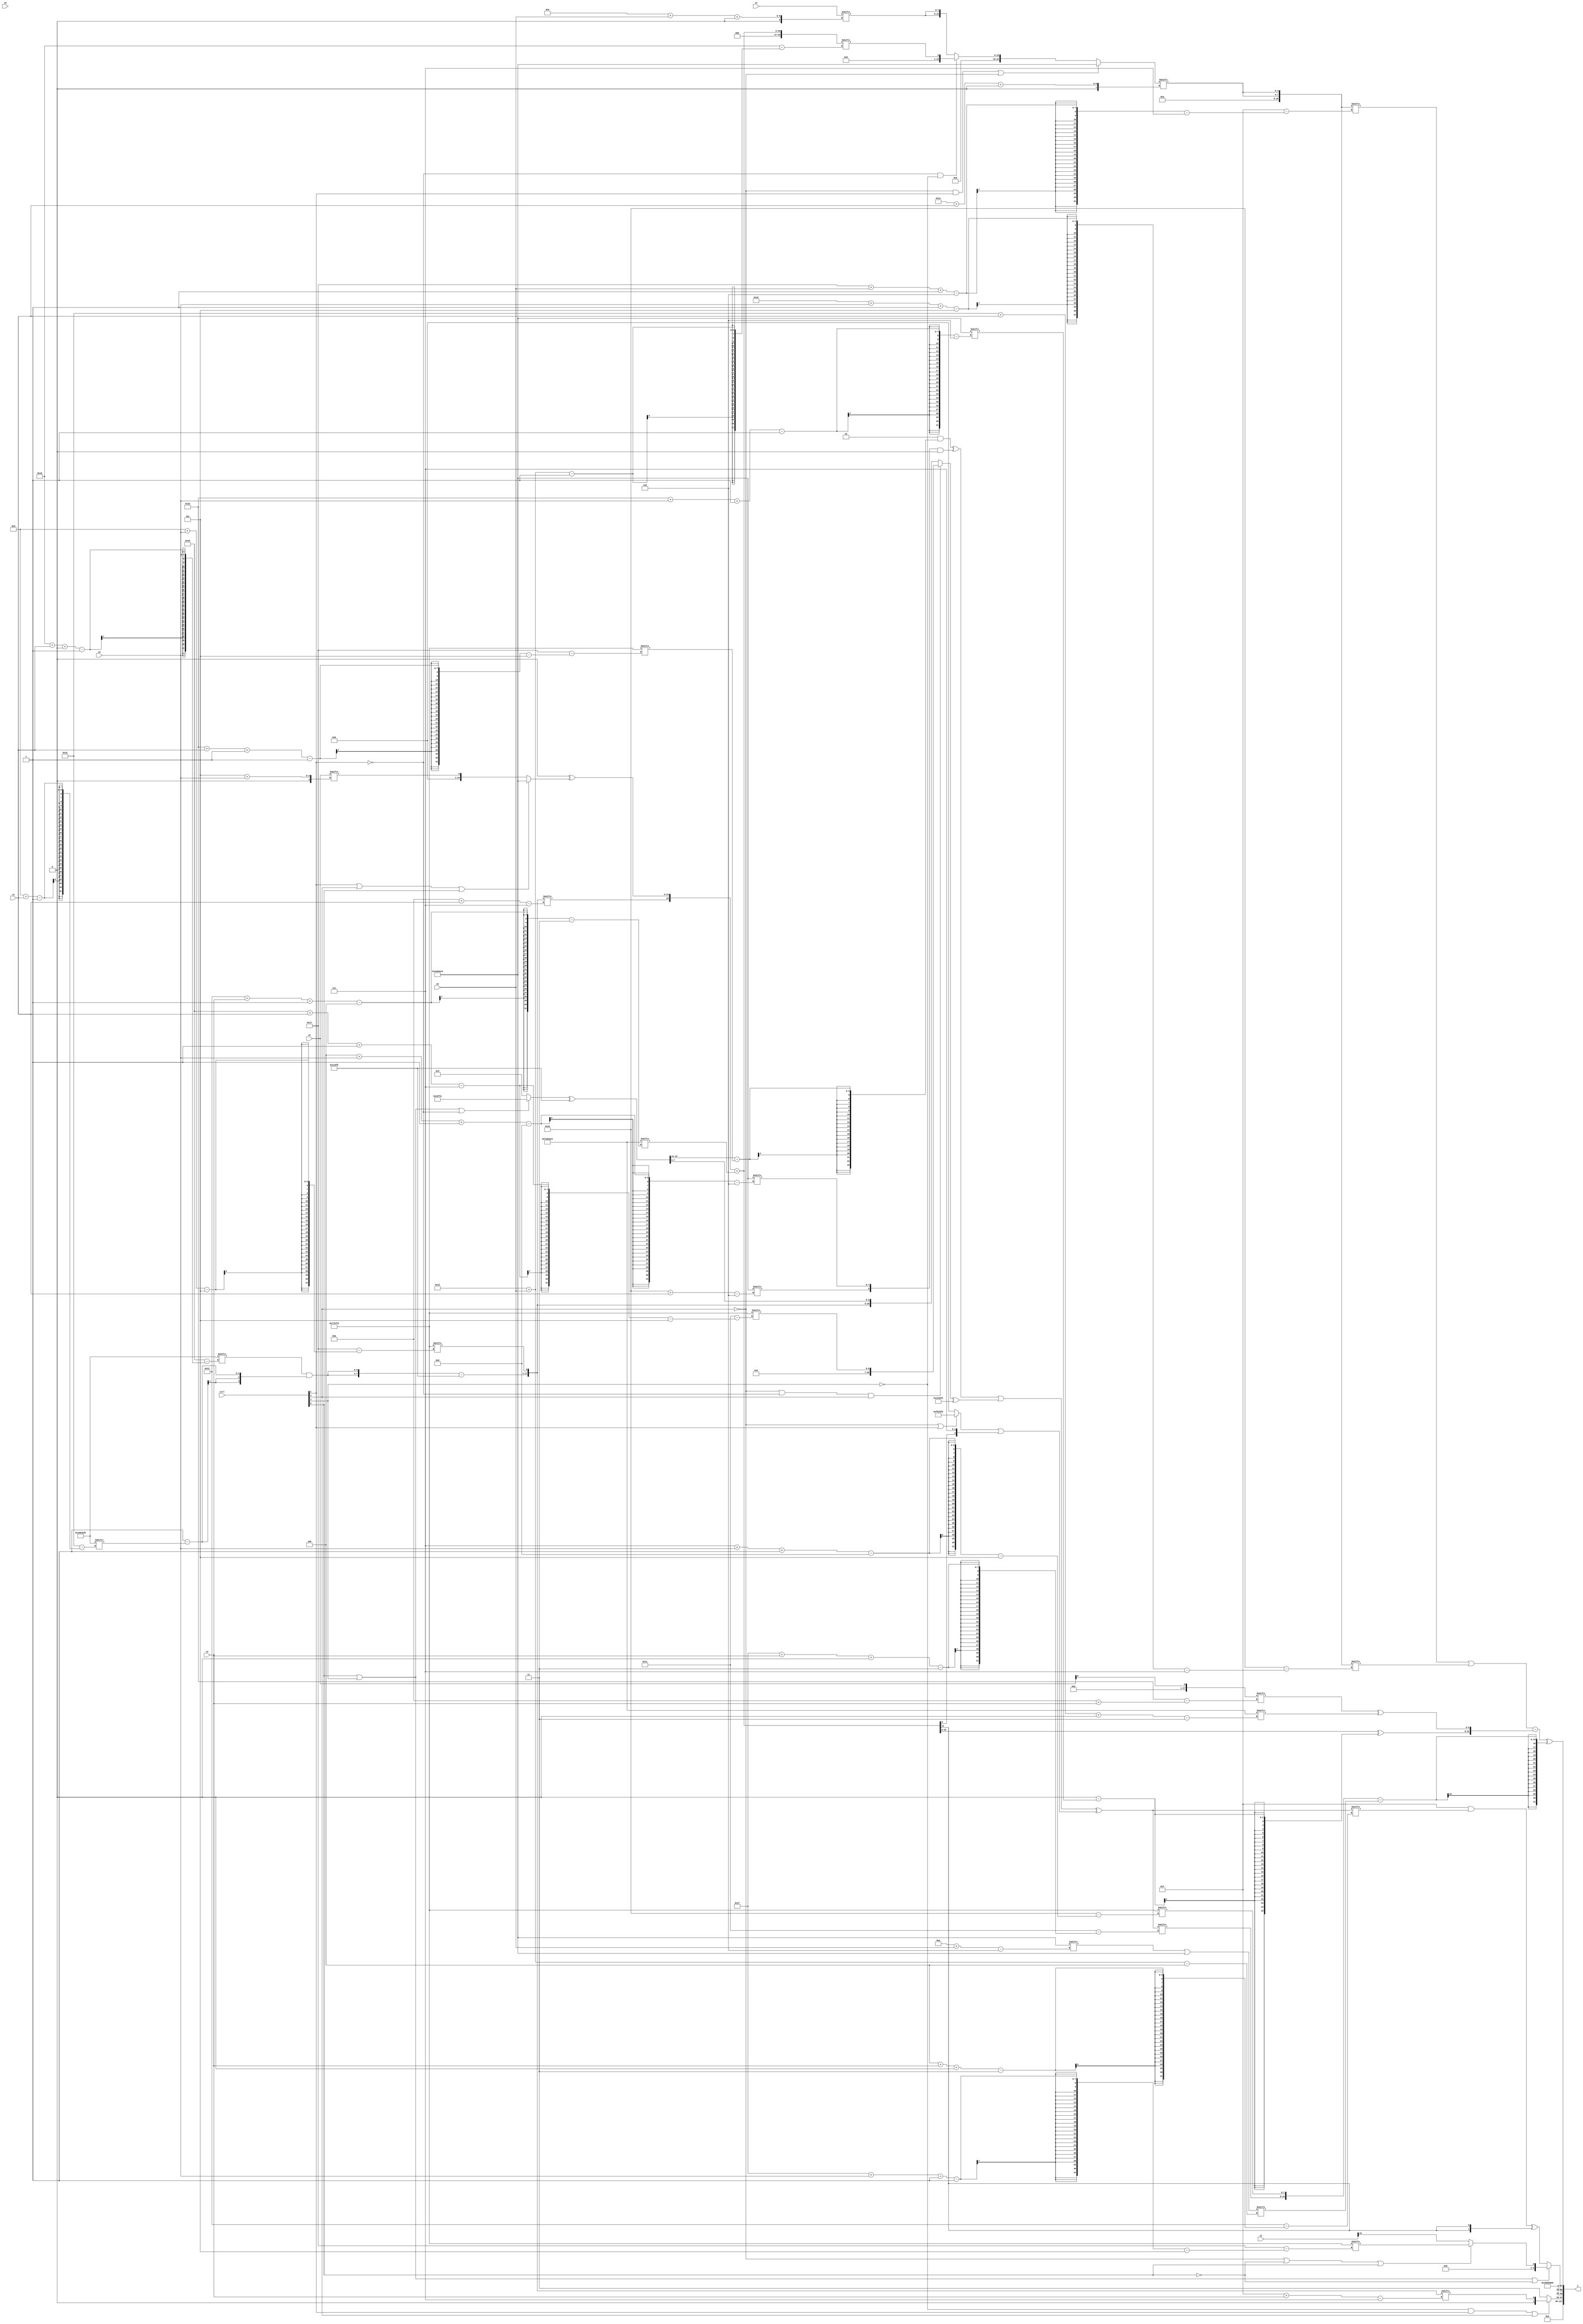
module partsel_00642(ctrl, s0, s1, s2, s3, x0, x1, x2, x3, y);
  input [3:0] ctrl;
  input [2:0] s0;
  input [2:0] s1;
  input [2:0] s2;
  input [2:0] s3;
  input signed [31:0] x0;
  input signed [31:0] x1;
  input [31:0] x2;
  input [31:0] x3;
  wire [0:27] x4;
  wire [24:7] x5;
  wire [29:3] x6;
  wire signed [2:26] x7;
  wire signed [1:30] x8;
  wire signed [24:0] x9;
  wire [28:4] x10;
  wire [25:1] x11;
  wire signed [0:24] x12;
  wire [7:27] x13;
  wire signed [3:26] x14;
  wire [6:27] x15;
  output [127:0] y;
  wire [31:0] y0;
  wire signed [31:0] y1;
  wire [31:0] y2;
  wire signed [31:0] y3;
  assign y = {y0,y1,y2,y3};
  localparam signed [5:28] p0 = 326588410;
  localparam signed [1:26] p1 = 291097595;
  localparam signed [30:6] p2 = 296569544;
  localparam signed [24:4] p3 = 678644210;
  assign x4 = x2[9 +: 1];
  assign x5 = {x3[1 + s1 +: 3], {({2{(p1[29 + s1 +: 4] & (p1[15] - p1[13 + s1]))}} - p1), p0[13 + s2]}};
  assign x6 = p2;
  assign x7 = p1[15];
  assign x8 = ({x5[11 + s1], (x6[23] ^ (ctrl[1] || ctrl[3] || ctrl[0] ? p2 : x2[5 + s2]))} + x6[19 + s3 -: 4]);
  assign x9 = (!ctrl[3] && ctrl[1] || !ctrl[3] ? p2 : (!ctrl[1] && !ctrl[1] && !ctrl[2] ? x8[18 + s0] : {2{x3[9 + s0 +: 8]}}));
  assign x10 = (p2[10 + s0] | {2{x6}});
  assign x11 = {2{p3[21 -: 1]}};
  assign x12 = ((ctrl[0] || ctrl[2] || !ctrl[1] ? p0 : x11) ^ p1);
  assign x13 = {2{x9[30 + s1 +: 4]}};
  assign x14 = ((((p0[15 +: 3] & (x12[8 +: 4] - p0[27 + s1 -: 1])) ^ ({p2[16 + s1], p2[4 + s2 -: 8]} & x11[19 +: 3])) | ((!ctrl[3] && !ctrl[1] && ctrl[3] ? p0[22 + s1 -: 7] : {x5, x12[19 -: 3]}) ^ (p0[16] + (p1[18 +: 3] | p3)))) ^ ((!ctrl[3] || !ctrl[3] || ctrl[1] ? {x9, (p1 | p3)} : p2[19]) | {x8[21 -: 1], p3[12 -: 3]}));
  assign x15 = (x7 - x6);
  assign y0 = (!ctrl[2] && ctrl[1] || ctrl[3] ? x5[15 + s3] : {2{p3[9 +: 1]}});
  assign y1 = x11;
  assign y2 = (ctrl[0] || ctrl[2] || !ctrl[0] ? (!ctrl[3] || !ctrl[0] || ctrl[0] ? p0[31 + s2 -: 1] : x1[15]) : ((p1[19 +: 4] & x14[4 + s3 +: 5]) ^ {2{x8[18 +: 1]}}));
  assign y3 = (((x13[23 + s0 -: 6] | x13[24 + s2 -: 5]) - {(x8 ^ (x7[18 +: 1] - p2[27 + s2 -: 1])), (x4[11 + s3] ^ x6[25 + s1 +: 6])}) ^ ({x14[31 + s3 +: 7], p0[7 + s2 -: 8]} - x10[18 + s0]));
endmodule